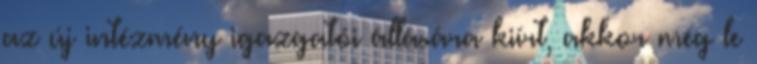
az új intézmény igazgatói állására kiírt, akkor még le